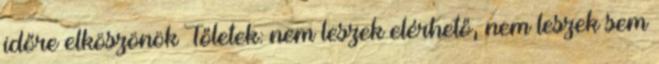
időre elköszönök Tőletek: nem leszek elérhető, nem leszek sem